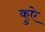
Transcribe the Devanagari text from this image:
कुऐ